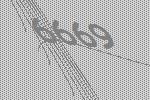
6669